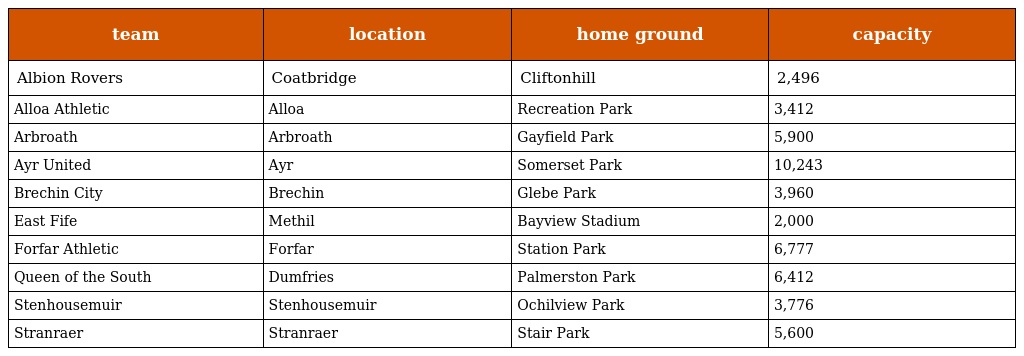
| team | location | home ground | capacity |
 | --- | --- | --- | --- |
 | Albion Rovers | Coatbridge | Cliftonhill | 2,496 |
 | Alloa Athletic | Alloa | Recreation Park | 3,412 |
 | Arbroath | Arbroath | Gayfield Park | 5,900 |
 | Ayr United | Ayr | Somerset Park | 10,243 |
 | Brechin City | Brechin | Glebe Park | 3,960 |
 | East Fife | Methil | Bayview Stadium | 2,000 |
 | Forfar Athletic | Forfar | Station Park | 6,777 |
 | Queen of the South | Dumfries | Palmerston Park | 6,412 |
 | Stenhousemuir | Stenhousemuir | Ochilview Park | 3,776 |
 | Stranraer | Stranraer | Stair Park | 5,600 |